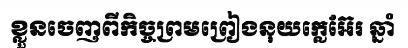
ខ្លួនចេញពីកិច្ចព្រមព្រៀងនុយក្លេអ៊ែរ ឆ្នាំ